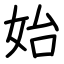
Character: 始